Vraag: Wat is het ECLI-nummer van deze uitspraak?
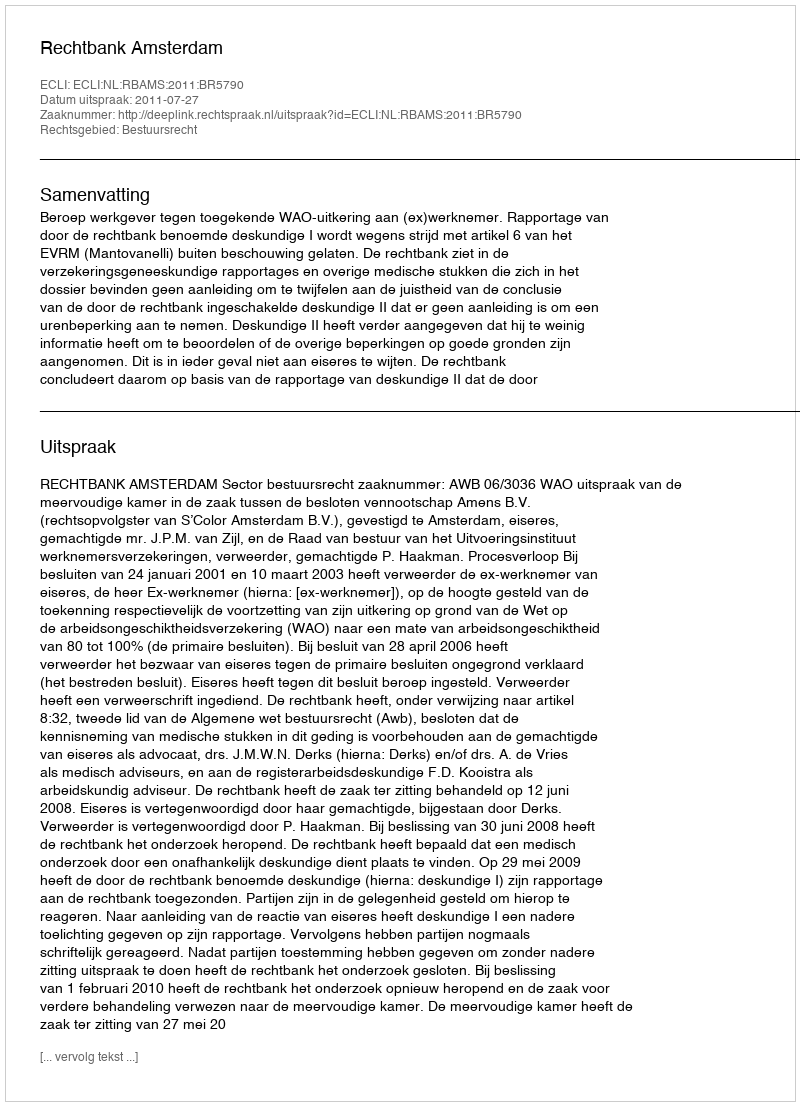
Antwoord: ECLI:NL:RBAMS:2011:BR5790